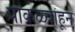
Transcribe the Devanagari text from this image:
पाकळ्यांहून